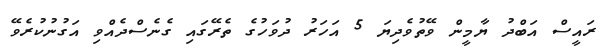
ރައީސް އަބްދު ޔާމީން ވޭތުވެދިޔަ 5 އަހަރު ދުވަހުގެ ތެރޭގައި ގެނެސްދެއްވި އަގުނުކުރެވޭ